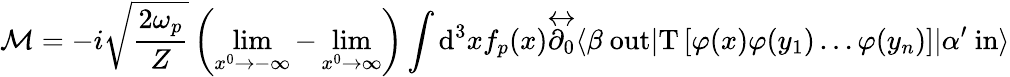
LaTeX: {\mathcal{M}}=-i{\sqrt{\frac{2\omega_{p}}{Z}}}\left(\operatorname*{lim}_{x^{0}\to-\infty}-\operatorname*{lim}_{x^{0}\to\infty}\right)\int\mathrm{d}^{3}xf_{p}(x){\overleftrightarrow{\partial_{0}}}\langle\beta\ \mathrm{out}|\mathrm{T}\left[\varphi(x)\varphi(y_{1})\ldots\varphi(y_{n})\right]|\alpha^{\prime}\ \mathrm{in}\rangle